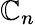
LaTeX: \mathbb{C}_{n}